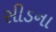
સીડના